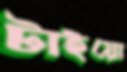
টাইয়ো